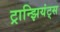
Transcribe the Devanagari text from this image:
ट्रान्झियंट्स